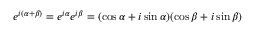
e ^ { i ( \alpha + \beta ) } = e ^ { i \alpha } e ^ { i \beta } = ( \cos \alpha + i \sin \alpha ) ( \cos \beta + i \sin \beta )